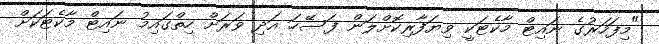
"މިފަހަރުގެ ނައިޓް މާކެޓަކީ ވިޔަފާރިކޮށްލަން ފަސޭހަ އަދި ވަރަށް ހިތްގައިމު ނައިޓް މާކެޓަކަށް